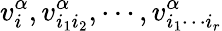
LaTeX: v_{i}^{\alpha},v_{i_{1}i_{2}}^{\alpha},\cdots,v_{i_{1}\cdots i_{r}}^{\alpha}